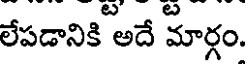
లేపడానికి అదే మార్గం.